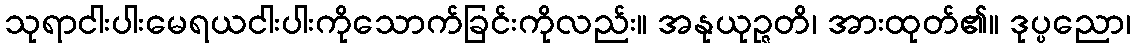
သုရာငါးပါးမေရယငါးပါးကိုသောက်ခြင်းကိုလည်း။ အနုယုဉ္ဇတိ၊ အားထုတ်၏။ ဒုပ္ပညော၊